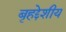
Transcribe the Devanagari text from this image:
बृहद्देशीय